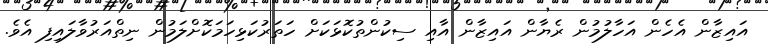
އައިޒާން އެހެން އަހާލުމުން ރެޔާން އައިޒާން އާއި ސިކުންތުކޮޅަކަށް ހަތަރުކަޅިހަމަކޮށްލަމުން ނިތްއަރުވާލައިފި އެވެ.